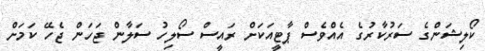
ކޯލިޝަންގެ ސަރުކާރުގެ އެއްވެސް ޕާޓީއަކަށް ރައީސް ސޯލިހު ސަލާން ޖަހަން ޖެހޭ ކަމަށް